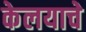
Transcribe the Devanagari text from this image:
केलयाचे